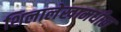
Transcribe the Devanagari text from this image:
शिलालेखामधील